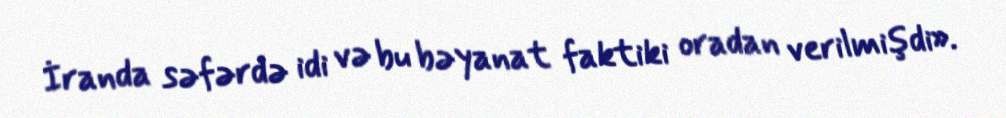
İranda səfərdə idi və bu bəyanat faktiki oradan verilmişdi».